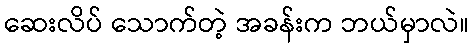
ဆေးလိပ် သောက်တဲ့ အခန်းက ဘယ်မှာလဲ။